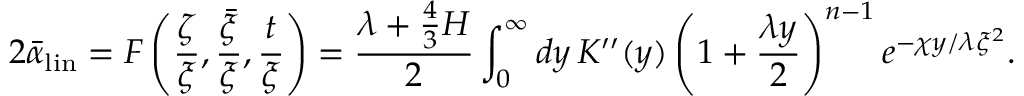
2 \bar { \alpha } _ { \mathrm { l i n } } = F \left( { \frac { \zeta } { \xi } } , { \frac { \bar { \xi } } { \xi } } , { \frac { t } { \xi } } \right) = { \frac { \lambda + { \frac { 4 } { 3 } } H } { 2 } } \int _ { 0 } ^ { \infty } d y \, K ^ { \prime \prime } ( y ) \left( 1 + { \frac { \lambda y } { 2 } } \right) ^ { n - 1 } e ^ { - \chi y / \lambda \xi ^ { 2 } } .